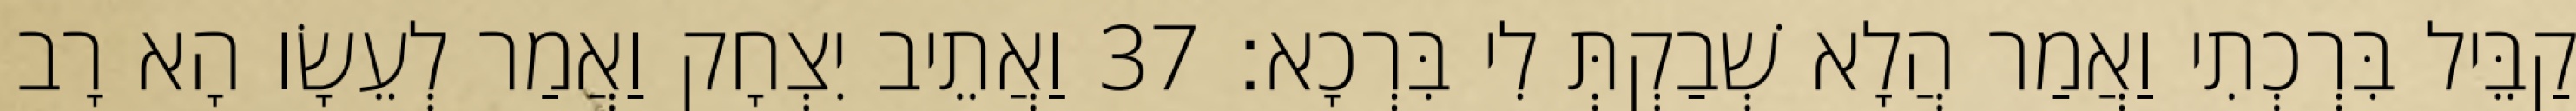
קַבֵּיל בִּרְכְתִי וַאֲמַר הֲלָא שְׁבַקְתְּ לִי בִּרְכָא׃ 37 וַאֲתֵיב יִצְחָק וַאֲמַר לְעֵשָׂו הָא רָב